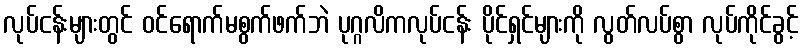
လုပ်ငန်းများတွင် ဝင်ရောက်မစွက်ဖက်ဘဲ ပုဂ္ဂလိကလုပ်ငန်း ပိုင်ရှင်များကို လွတ်လပ်စွာ လုပ်ကိုင်ခွင့်